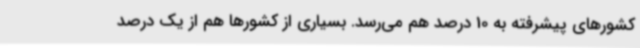
کشورهای پیشرفته به 10 درصد هم می‌رسد. بسیاری از کشورها هم از یک درصد